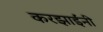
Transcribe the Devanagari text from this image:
करझाईंनी